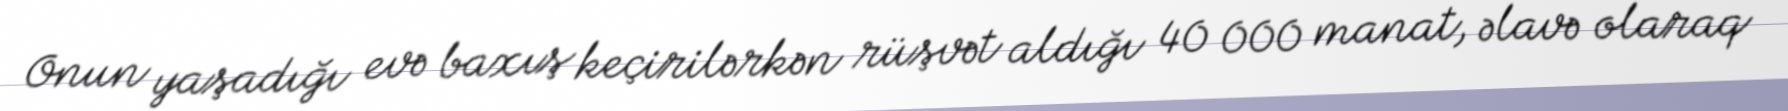
Onun yaşadığı evə baxış keçirilərkən rüşvət aldığı 40 000 manat, əlavə olaraq